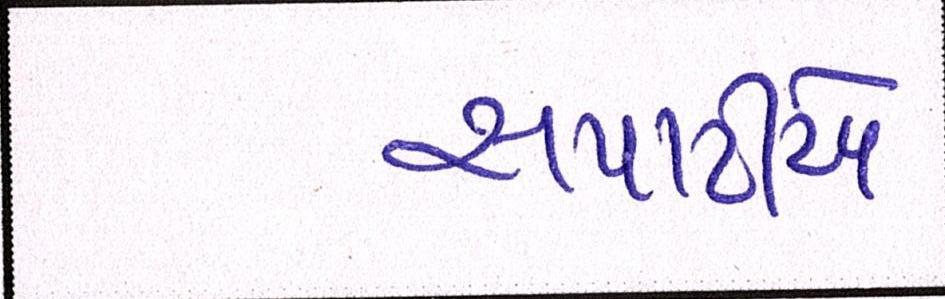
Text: સપાટીએ